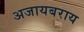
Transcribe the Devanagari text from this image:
अजायबराय